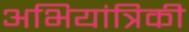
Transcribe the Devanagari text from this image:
अभियांत्रिकी